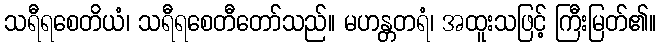
သရီရစေတိယံ၊ သရီရစေတီတော်သည်။ မဟန္တတရံ၊ အထူးသဖြင့် ကြီးမြတ်၏။